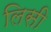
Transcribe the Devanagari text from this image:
लिसी